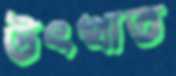
উৎখাত